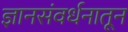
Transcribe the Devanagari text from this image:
ज्ञानसंवर्धनातून